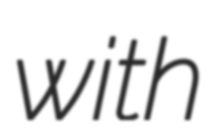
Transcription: with